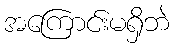
အကြောင်းမရှိဘဲ